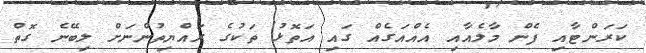
ކަރަންޓާއި ފެން މާލެއާއި އެއްއަގެއް ގައި އަތޮޅު ތަކުގެ ރައްޔިތުންނަށް ލިބޭނެ ގޮތް